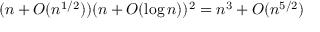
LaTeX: ( n + O ( n ^ { 1 / 2 } ) ) ( n + O ( \log n ) ) ^ { 2 } = n ^ { 3 } + O ( n ^ { 5 / 2 } )